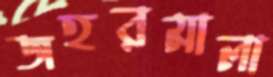
জহরমালা